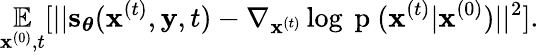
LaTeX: \underset{\mathbf{x}^{(0)},t}{\mathbb{E}}[||\mathbf{s}_{\boldsymbol{\theta}}(\mathbf{x}^{(t)},\mathbf{y},t)-\nabla_{\mathbf{x}^{(t)}}\log{\mathrm{~p~}(\mathbf{x}^{(t)}|\mathbf{x}^{(0)})}||^{2}].